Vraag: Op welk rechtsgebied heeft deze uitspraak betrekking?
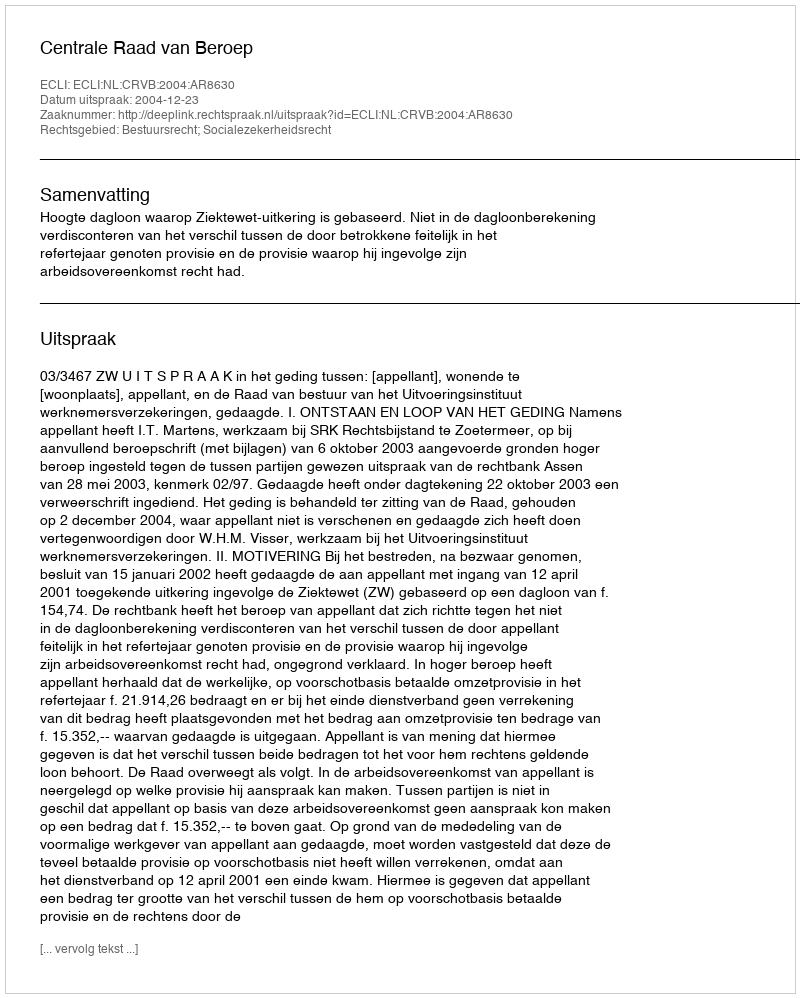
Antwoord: Bestuursrecht; Socialezekerheidsrecht